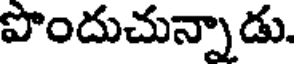
పొందుచున్నాడు.